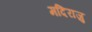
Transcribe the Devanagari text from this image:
मदिराजु